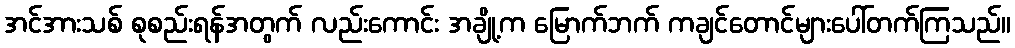
အင်အားသစ် စုစည်းရန်အတွက် လည်းကောင်း အချို့က မြောက်ဘက် ကချင်တောင်များပေါ်တက်ကြသည်။